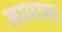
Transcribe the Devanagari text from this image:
लामाचा